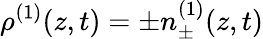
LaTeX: \rho^{(1)}(z,t)=\pm n_{\pm}^{(1)}(z,t)